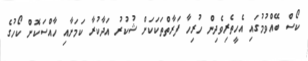
ކޯސް ބޭއްވުމުގައި އެހީތެރިވެދިން ހުރިހާ ފަރާތްތަކަކަށް ޝުކުރު އަދާކުރާ ކަމަށާއި ހާއްސަކޮށް ކޯހުގެ